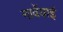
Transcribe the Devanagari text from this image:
नार्वेयाई